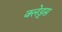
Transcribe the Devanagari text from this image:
क्लेड्स